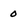
Character: 0